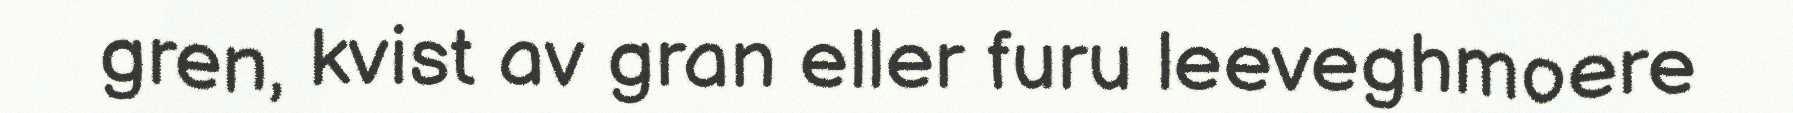
gren, kvist av gran eller furu leeveghmoere